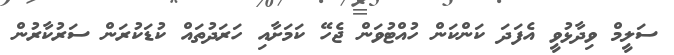
ސަލީމް ވިދާޅުވީ އެފަދަ ކަންކަން ހުއްޓުވަން ޖެހޭ ކަމަށާއި ހަރަދުތައް ކުޑަކުރަން ސަރުކާރުން